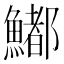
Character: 𩼁